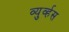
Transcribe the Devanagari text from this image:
व्युर्व्हस